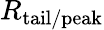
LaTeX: R_{\mathrm{tail/peak}}